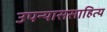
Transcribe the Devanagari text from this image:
उपन्याससाहित्य